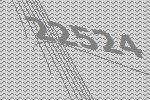
22524